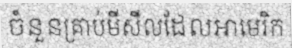
ចំនួនគ្រាប់មីសីលដែលអាមេរិក